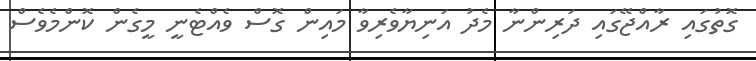
ގޮތުގައި ރާއްޖޭގައި ދަރިންނާ މެދު އަނިޔާވެރިވާ މައިން ގޮސް ވެއްޓެނީ މީގެން ކޮންމެވެސް